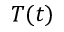
T ( t )